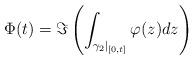
LaTeX: \begin{align*}\Phi(t)=\Im \left(\int_{\gamma_2 |_{[0,t]}} \varphi(z)dz \right)\end{align*}